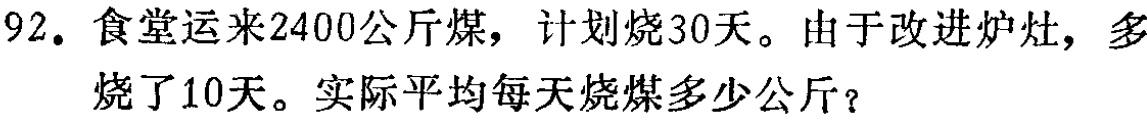
92. 食堂运来2400公斤煤，计划烧30天。由于改进炉灶，多烧了10天。实际平均每天烧煤多少公斤？